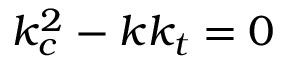
k _ { c } ^ { 2 } - k k _ { t } = 0